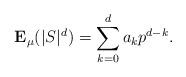
LaTeX: \begin{align*} {\bf E}_\mu(|S|^d) = \sum_{k=0}^d a_k p^{d-k}.\end{align*}